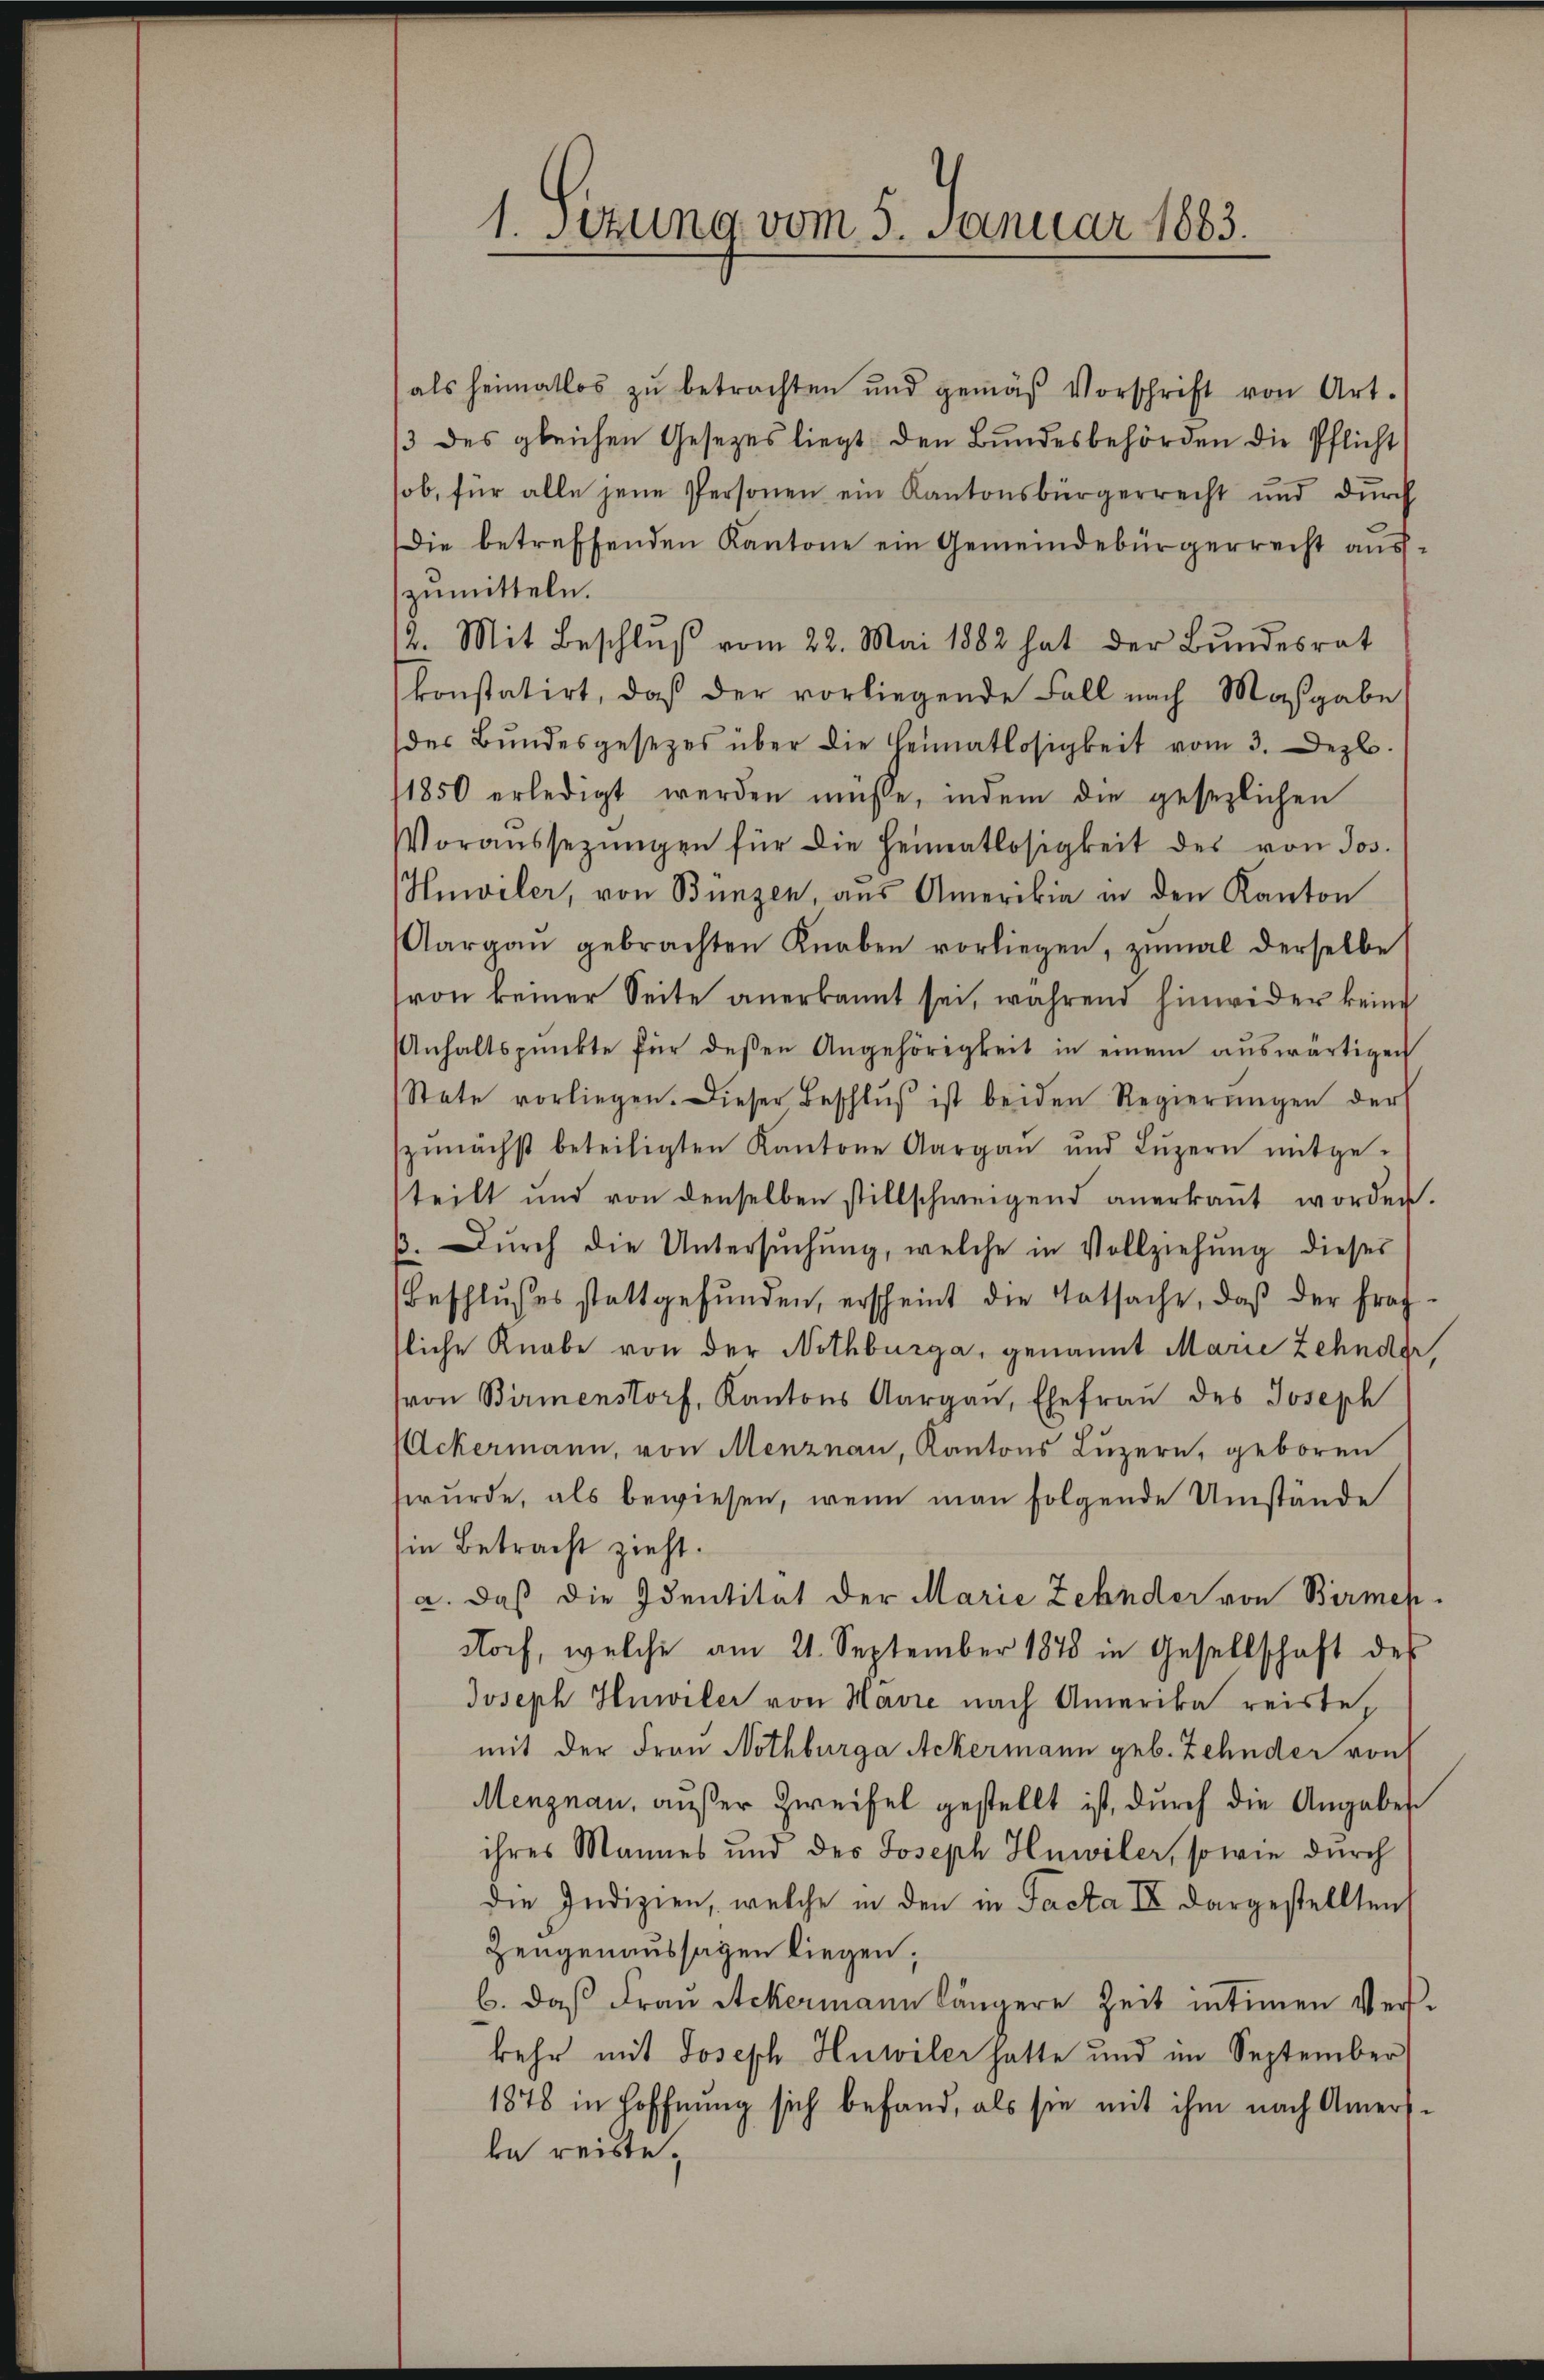
1. Setzung vom 5. Januar 1883.

als heimatlos zŭ betrachten und gemäβ Vorschrift von Art.
/3 des gleichen Gesetzes liegt den Bundesbehörden die Pflicht
sob, für alle jene Personen ein Kantonsbürgerrecht und dŭrch
Die betreffenden Kantone ein Gemeindebürgerrecht auszumitteln.
2. Mit Beschlŭβ vom 22. Mai 1882 hat der Bŭndesrat
konstatirt, daß der vorliegende Fall nach Maßgabe
der Bŭndesgesezes über die Heimatlosigkeit vom 3. Dezb.
1850 erledigt werden müsse, indem die gesezlichen
Voraŭssezŭngen für die Heimatlosigkeit des von Jos.
Hnwiler, von Bunzen, aus Amerika in den Kanton
Aargau gebrachten Knaben vorliegen, zŭmal derselbe
von keiner Seite anerkannt sei, während hinwider keine
Anhaltspunkte für dessen Angehörigkeit in einem aŭswärtigen
Stete vorliegen. Dieser Beschlŭβ ist beiden Regierŭngen der
zŭnächst beteiligten Kantone Aargau und Lŭzern mitge-
teilt und von denselben stillschweigend anerkaṅt worden.
/. Dŭrch die Untersŭchŭng, welche in Vollziehŭng dieses
Beschlŭsses stattgefŭnden, erscheint die Tatsache, daß der frag-
sliche Knabe von der Nothbürga, genannt Marie Zehnder,
(von Birmenstorf, Kantons Aargau, Ehefrau des Joseph
Ackermann, von Menznau, Kantons Luzern, geboren
wurde, als bewiesen, wenn man folgende Umstände
in Betracht zieht.
a. daß die Identität der Marie Zehnder von Birmen
Storf, welche am 21. September 1878 in Gesellschaft des
Joseph Hnwiler von Havre nach Amerika reiste,
mit der Frau Nothburga Ackermann geb. Zehnder von
Menznau, außer Zweifel gestellt ist, durch die Angabes
ihres Mannes und des Joseph Hnwiler, sowie durch
die Indizien, welche in den in Facta IV dargestellten
Zeugenaussagen liegen;
b. daß Frau Ackermann längere Zeit intimen Verskehr mit Joseph Huwiler hatte und im September
1878 in Hoffnung sich befand, als sie mit ihm nach Amersda reiste¬